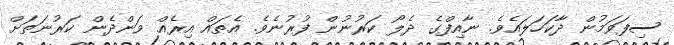
ސިފަވަމުން ދާކަހަލައެވެ. ނާއިފްގެ ދެލޯ ކަރުނުން ފުރުނެވެ. އެތައް އިރެއް ވަންދެން ކަރުނަތަށް